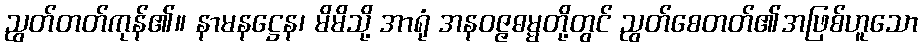
ညွတ်တတ်ကုန်၏။ နာမနဋ္ဌေန၊ မိမိသို့ အာရုံ အနဝဇ္ဇဓမ္မတို့တွင် ညွတ်စေတတ်၏အဖြစ်ဟူသော